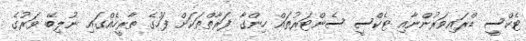
ޓެކްސީ ޑްރައިވަރުންނާއި ޓެކްސީ ސެންޓަރުތައް ހިންގާ ފަރާތްތަކަށް ފަހުގެ ތާރީހެއްގައި ނުލިބޭ ވަރުގެ